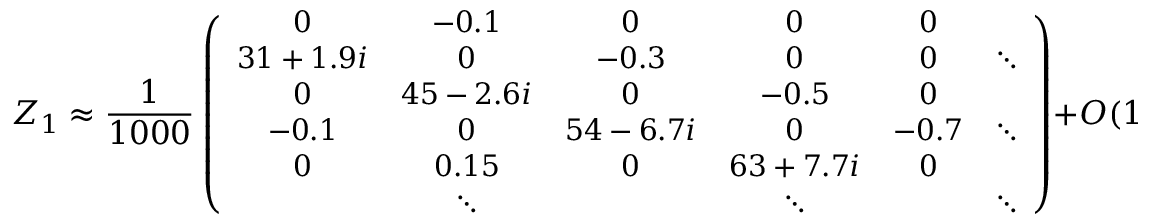
{ \cal Z } _ { 1 } \approx { \frac { 1 } { 1 0 0 0 } } \left( { \small \begin{array} { c c c c c c } { { 0 } } & { { - 0 . 1 } } & { { 0 } } & { { 0 } } & { { 0 } } & { { } } \\ { { 3 1 + 1 . 9 i } } & { { 0 } } & { { - 0 . 3 } } & { { 0 } } & { { 0 } } & { { \ddots } } \\ { { 0 } } & { { 4 5 - 2 . 6 i } } & { { 0 } } & { { - 0 . 5 } } & { { 0 } } & { { } } \\ { { - 0 . 1 } } & { { 0 } } & { { 5 4 - 6 . 7 i } } & { { 0 } } & { { - 0 . 7 } } & { { \ddots } } \\ { { 0 } } & { { 0 . 1 5 } } & { { 0 } } & { { 6 3 + 7 . 7 i } } & { { 0 } } & { { } } \\ { { } } & { { \ddots } } & { { } } & { { \ddots } } & { { } } & { { \ddots } } \end{array} } \right) + { \cal O } ( 1 0 ^ { - 5 } )